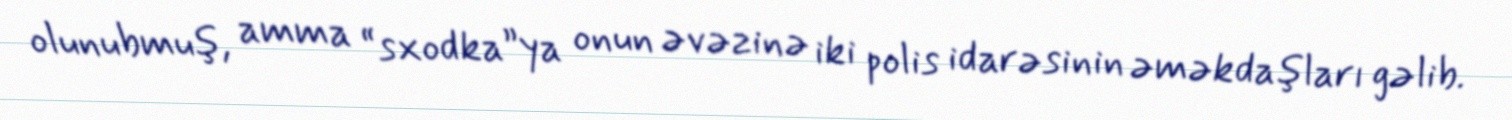
olunubmuş, amma “sxodka”ya onun əvəzinə iki polis idarəsinin əməkdaşları gəlib.